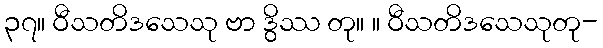
၃၇။ ဝီသတိဒသေသု ဗာ ဒွိဿ တု။ ။ ဝီသတိဒသေသုတု-